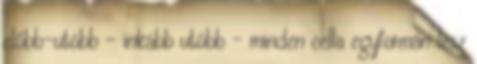
előbb-utóbb – inkább utóbb – minden cella egyformán lesz